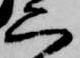
六